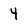
Character: 4